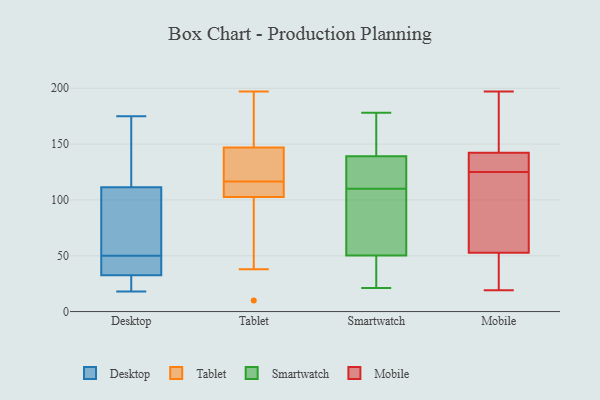
{"axis": {"x": "Revenue (USD Million)", "y": "Value"}, "legend": ["Desktop", "Mobile", "Smartwatch", "Tablet"], "data": [{"x": "", "y": 175, "type": "Desktop"}, {"x": "", "y": 34, "type": "Desktop"}, {"x": "", "y": 105, "type": "Desktop"}, {"x": "", "y": 50, "type": "Desktop"}, {"x": "", "y": 18, "type": "Desktop"}, {"x": "", "y": 24, "type": "Desktop"}, {"x": "", "y": 101, "type": "Desktop"}, {"x": "", "y": 40, "type": "Desktop"}, {"x": "", "y": 79, "type": "Desktop"}, {"x": "", "y": 28, "type": "Desktop"}, {"x": "", "y": 130, "type": "Desktop"}, {"x": "", "y": 37, "type": "Desktop"}, {"x": "", "y": 141, "type": "Desktop"}, {"x": "", "y": 108, "type": "Tablet"}, {"x": "", "y": 116, "type": "Tablet"}, {"x": "", "y": 124, "type": "Tablet"}, {"x": "", "y": 97, "type": "Tablet"}, {"x": "", "y": 117, "type": "Tablet"}, {"x": "", "y": 113, "type": "Tablet"}, {"x": "", "y": 113, "type": "Tablet"}, {"x": "", "y": 137, "type": "Tablet"}, {"x": "", "y": 38, "type": "Tablet"}, {"x": "", "y": 144, "type": "Tablet"}, {"x": "", "y": 152, "type": "Tablet"}, {"x": "", "y": 197, "type": "Tablet"}, {"x": "", "y": 112, "type": "Tablet"}, {"x": "", "y": 10, "type": "Tablet"}, {"x": "", "y": 150, "type": "Tablet"}, {"x": "", "y": 130, "type": "Tablet"}, {"x": "", "y": 88, "type": "Tablet"}, {"x": "", "y": 69, "type": "Tablet"}, {"x": "", "y": 176, "type": "Tablet"}, {"x": "", "y": 157, "type": "Tablet"}, {"x": "", "y": 51, "type": "Smartwatch"}, {"x": "", "y": 103, "type": "Smartwatch"}, {"x": "", "y": 124, "type": "Smartwatch"}, {"x": "", "y": 23, "type": "Smartwatch"}, {"x": "", "y": 50, "type": "Smartwatch"}, {"x": "", "y": 119, "type": "Smartwatch"}, {"x": "", "y": 110, "type": "Smartwatch"}, {"x": "", "y": 164, "type": "Smartwatch"}, {"x": "", "y": 144, "type": "Smartwatch"}, {"x": "", "y": 21, "type": "Smartwatch"}, {"x": "", "y": 178, "type": "Smartwatch"}, {"x": "", "y": 140, "type": "Mobile"}, {"x": "", "y": 63, "type": "Mobile"}, {"x": "", "y": 51, "type": "Mobile"}, {"x": "", "y": 138, "type": "Mobile"}, {"x": "", "y": 58, "type": "Mobile"}, {"x": "", "y": 188, "type": "Mobile"}, {"x": "", "y": 197, "type": "Mobile"}, {"x": "", "y": 143, "type": "Mobile"}, {"x": "", "y": 29, "type": "Mobile"}, {"x": "", "y": 19, "type": "Mobile"}, {"x": "", "y": 125, "type": "Mobile"}]}